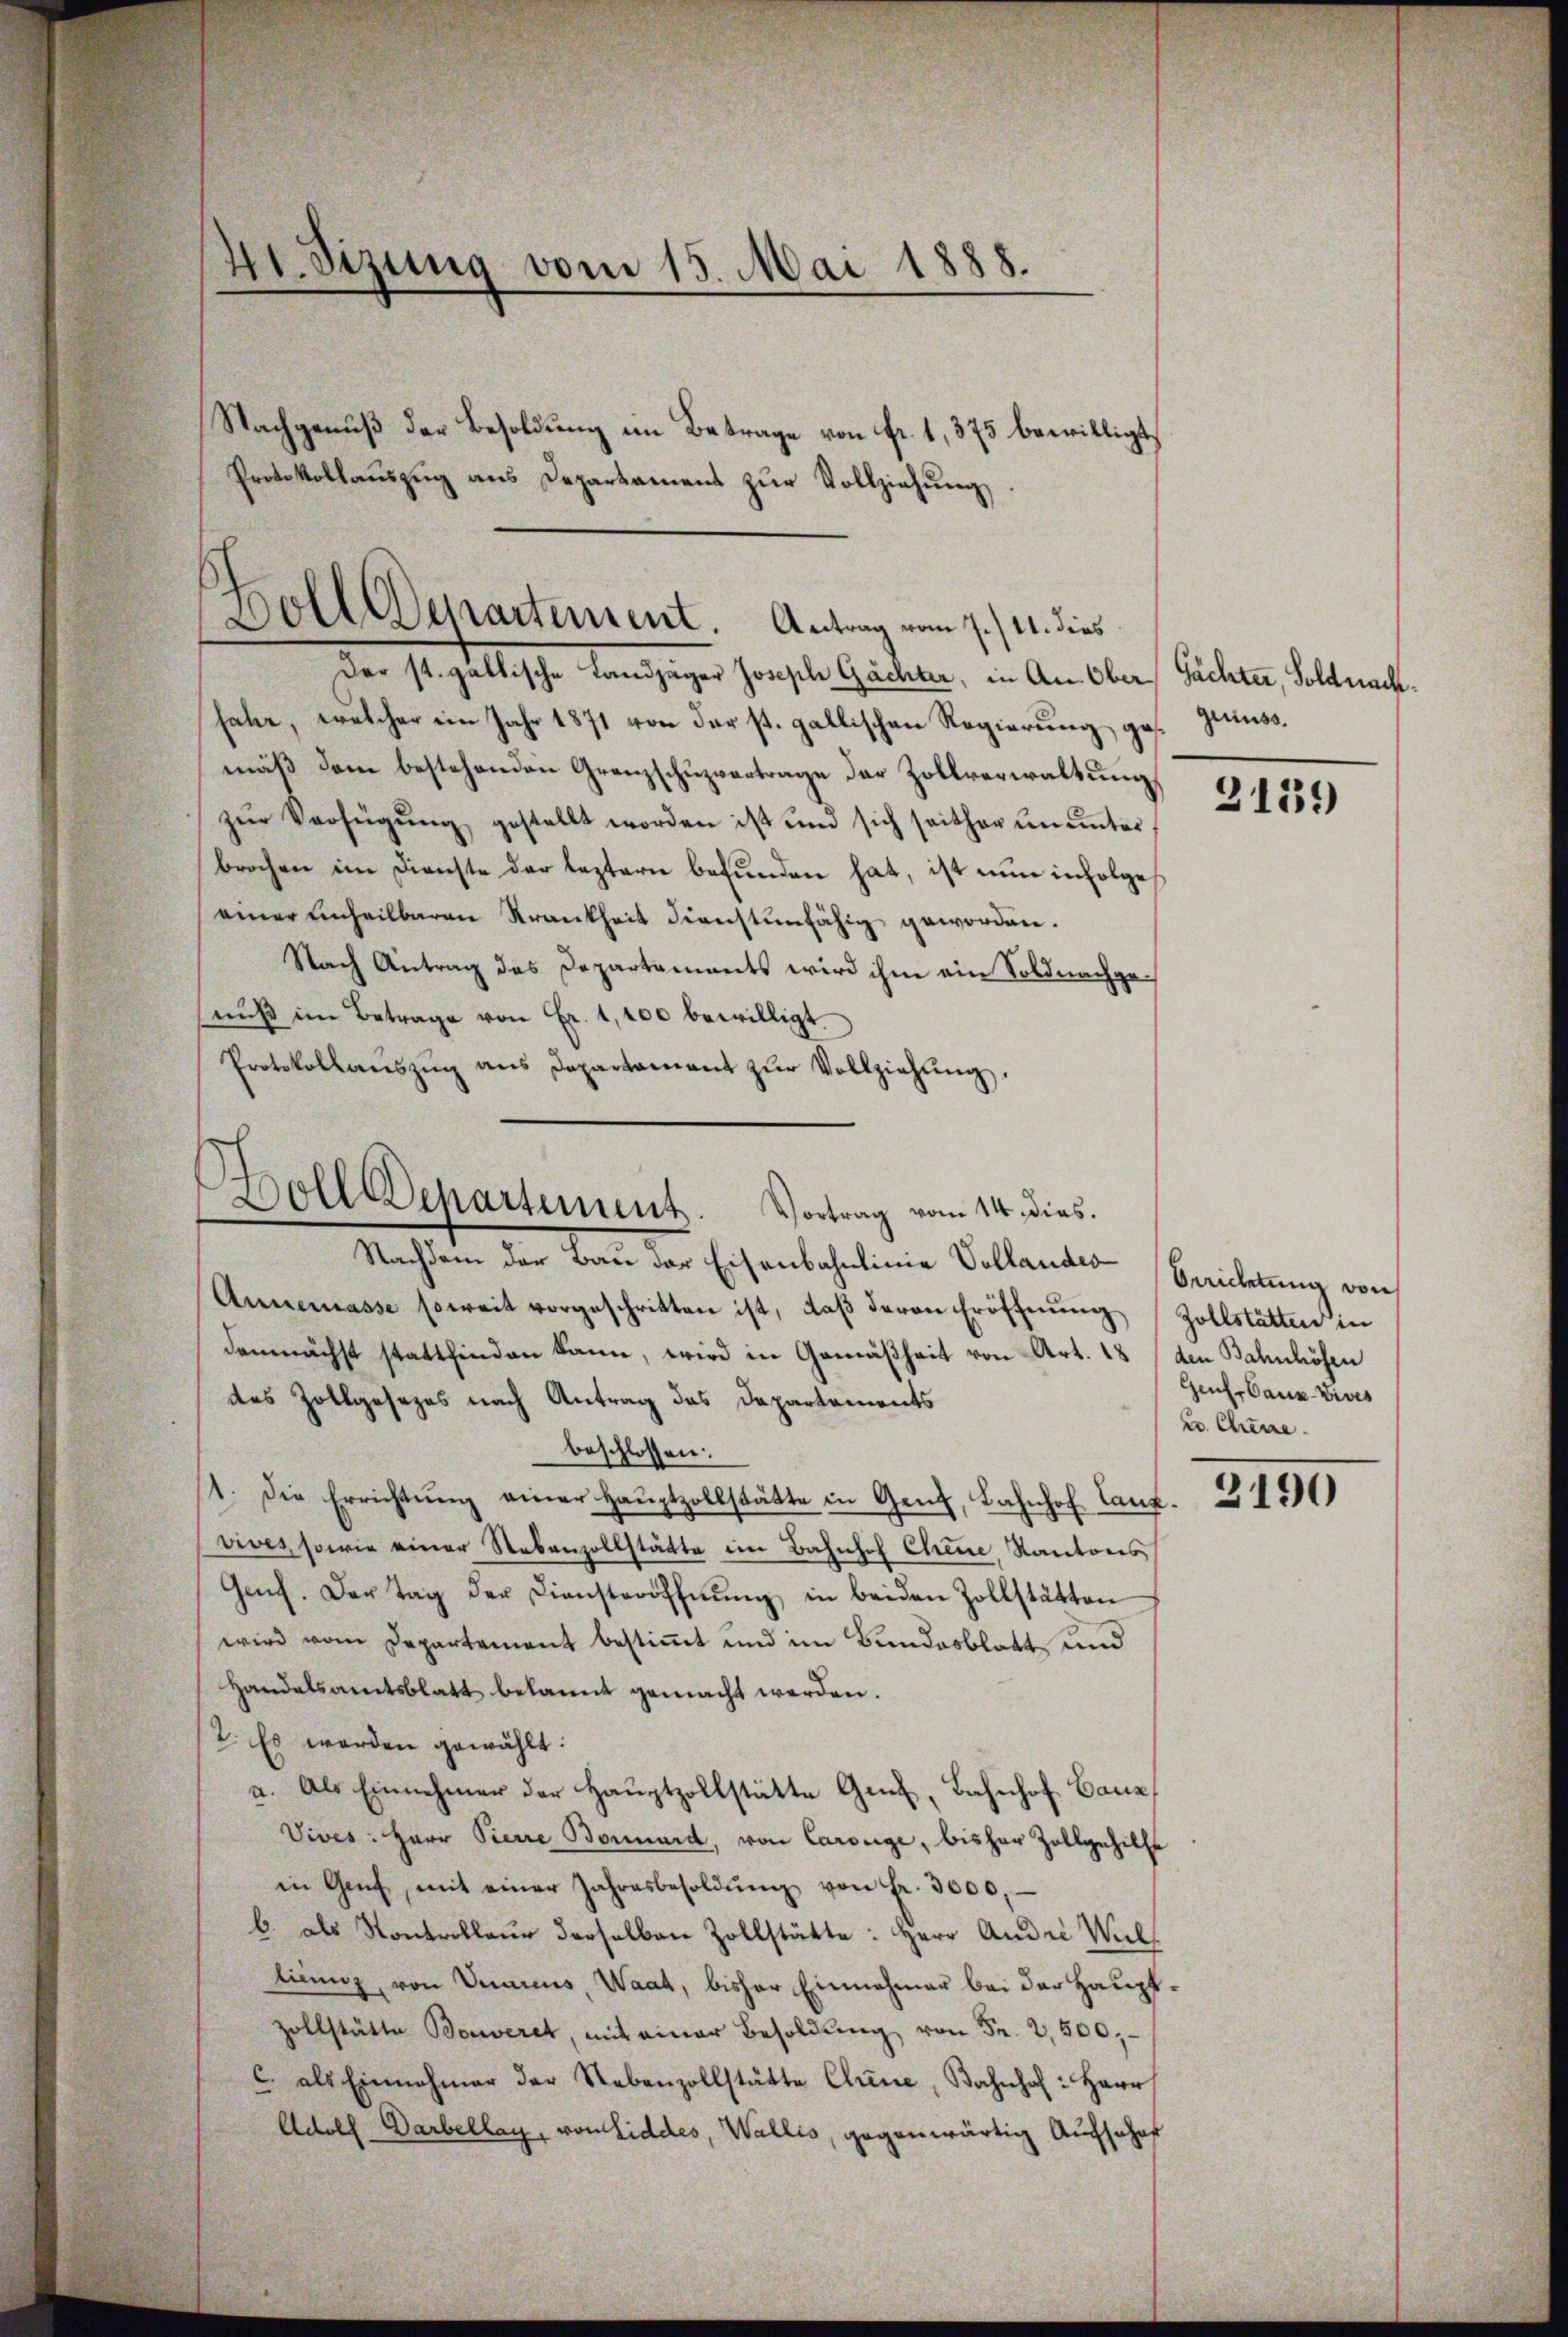
41. Sizung vom 15. Mai 1888.
Nachgenuß der Besoldung im Betrage von Fr. 1, 375 bewilligt,
Protokollauszug aus Departament zur Vollziehung

Woll Departement. Antrag vom 7./11. dies

Der st. gallische Landjäger Joseph Gächter, in An Ober Pächter, Soldnachsahe, welcher ein Jahr 1871 von der st. gallischen Regierung gemäβ dem bestehenden Granzschŭzvertrage der Zollverwaltung
zŭr Verfügŭng gestellt worden ist und sich seither ŭnŭnter
brochen im Dienste der leztern befunden hat, ist nun infolges
einer unheilbaren Krankheit dienstenfähig geworden.
Nach Antrag das Departaments wird ihm ein Soldnachgenŭβ im Betrage von Fr. 1,100 bewilligt.
Protokollaŭszŭg ans Departament zŭr Vollziehŭng.
Nachdem der Bau der Eisenbahnlinie Vollandes-Berichtung von
Annemasse soweit vorgeschritten ist, daß deren Eröffnung Zollstätten in
demnächst stattfinden kann, wird in Gemäßheit von Art. 18 (den Bahnhöhen
des Zollgesezes nach Antrag das Departements
beschlossen:
1. die Errichtŭng einer Haŭptzollstätte in Genf, Bahnhof Lanz. 2150
vives, sowie einer Nebenzollstätte im Bahnhof Chene, Kantons
Genf. Der Tag der Diensteröffnŭng in beiden Zollstätten
wird vom Departement bestimmt und im Bundesblatt und
Handelsamtsblatt bekannt gemacht werden.
2. Es werden gewählt:
a. Als Einnehmer der Hauptzollstätte Genf, Bahnhof Bauz
Vives: Herr Pierre Bonnard, von Carouge, bisher Zollgehilfe
in Genf, mit einer Jahresbesoldŭng von fr. 3000,
b. als Kontrolleur derselben Zollstätte: Herr Andre Wil
licenz, von Vuarius, Waat, bisher Einnahmer bei der Hauptzollstätte Beweret, mit einer Besoldŭng Fr. 500
c. als Einnahmer der Nebenzollstätte Chine, Bahnhof. Herr
Adolf Darbellag, von Liddes, Wallis, gegenwärtig Aufschaf

Holl Departement. Vortrag vom 14. dies.

gerinss.

3139

Gener Bauz-Vives
u. Chine.